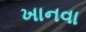
ખાનવા